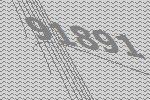
91891